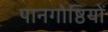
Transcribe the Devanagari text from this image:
पानगोष्ठियों